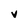
Character: V